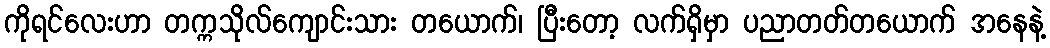
ကိုရင်လေးဟာ တက္ကသိုလ်ကျောင်းသား တယောက်၊ ပြီးတော့ လက်ရှိမှာ ပညာတတ်တယောက် အနေနဲ့